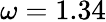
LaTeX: \omega=1.34